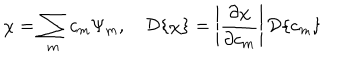
LaTeX: \chi = \sum _ { m } c _ { m } \Psi _ { m } , \quad { \cal D } \{ \chi \} = \left| \frac { \partial \chi } { \partial c _ { m } } \right| { \cal D } \{ c _ { m } \}